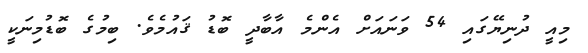
މިއީ ދުނިޔޭގައި 54 ވަނައަށް އެންމެ އާބާދީ ބޮޑު ޤައުމެވެ. ބިމުގެ ބޮޑުމިނަކީ